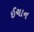
ઈચાન